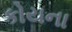
કોયના